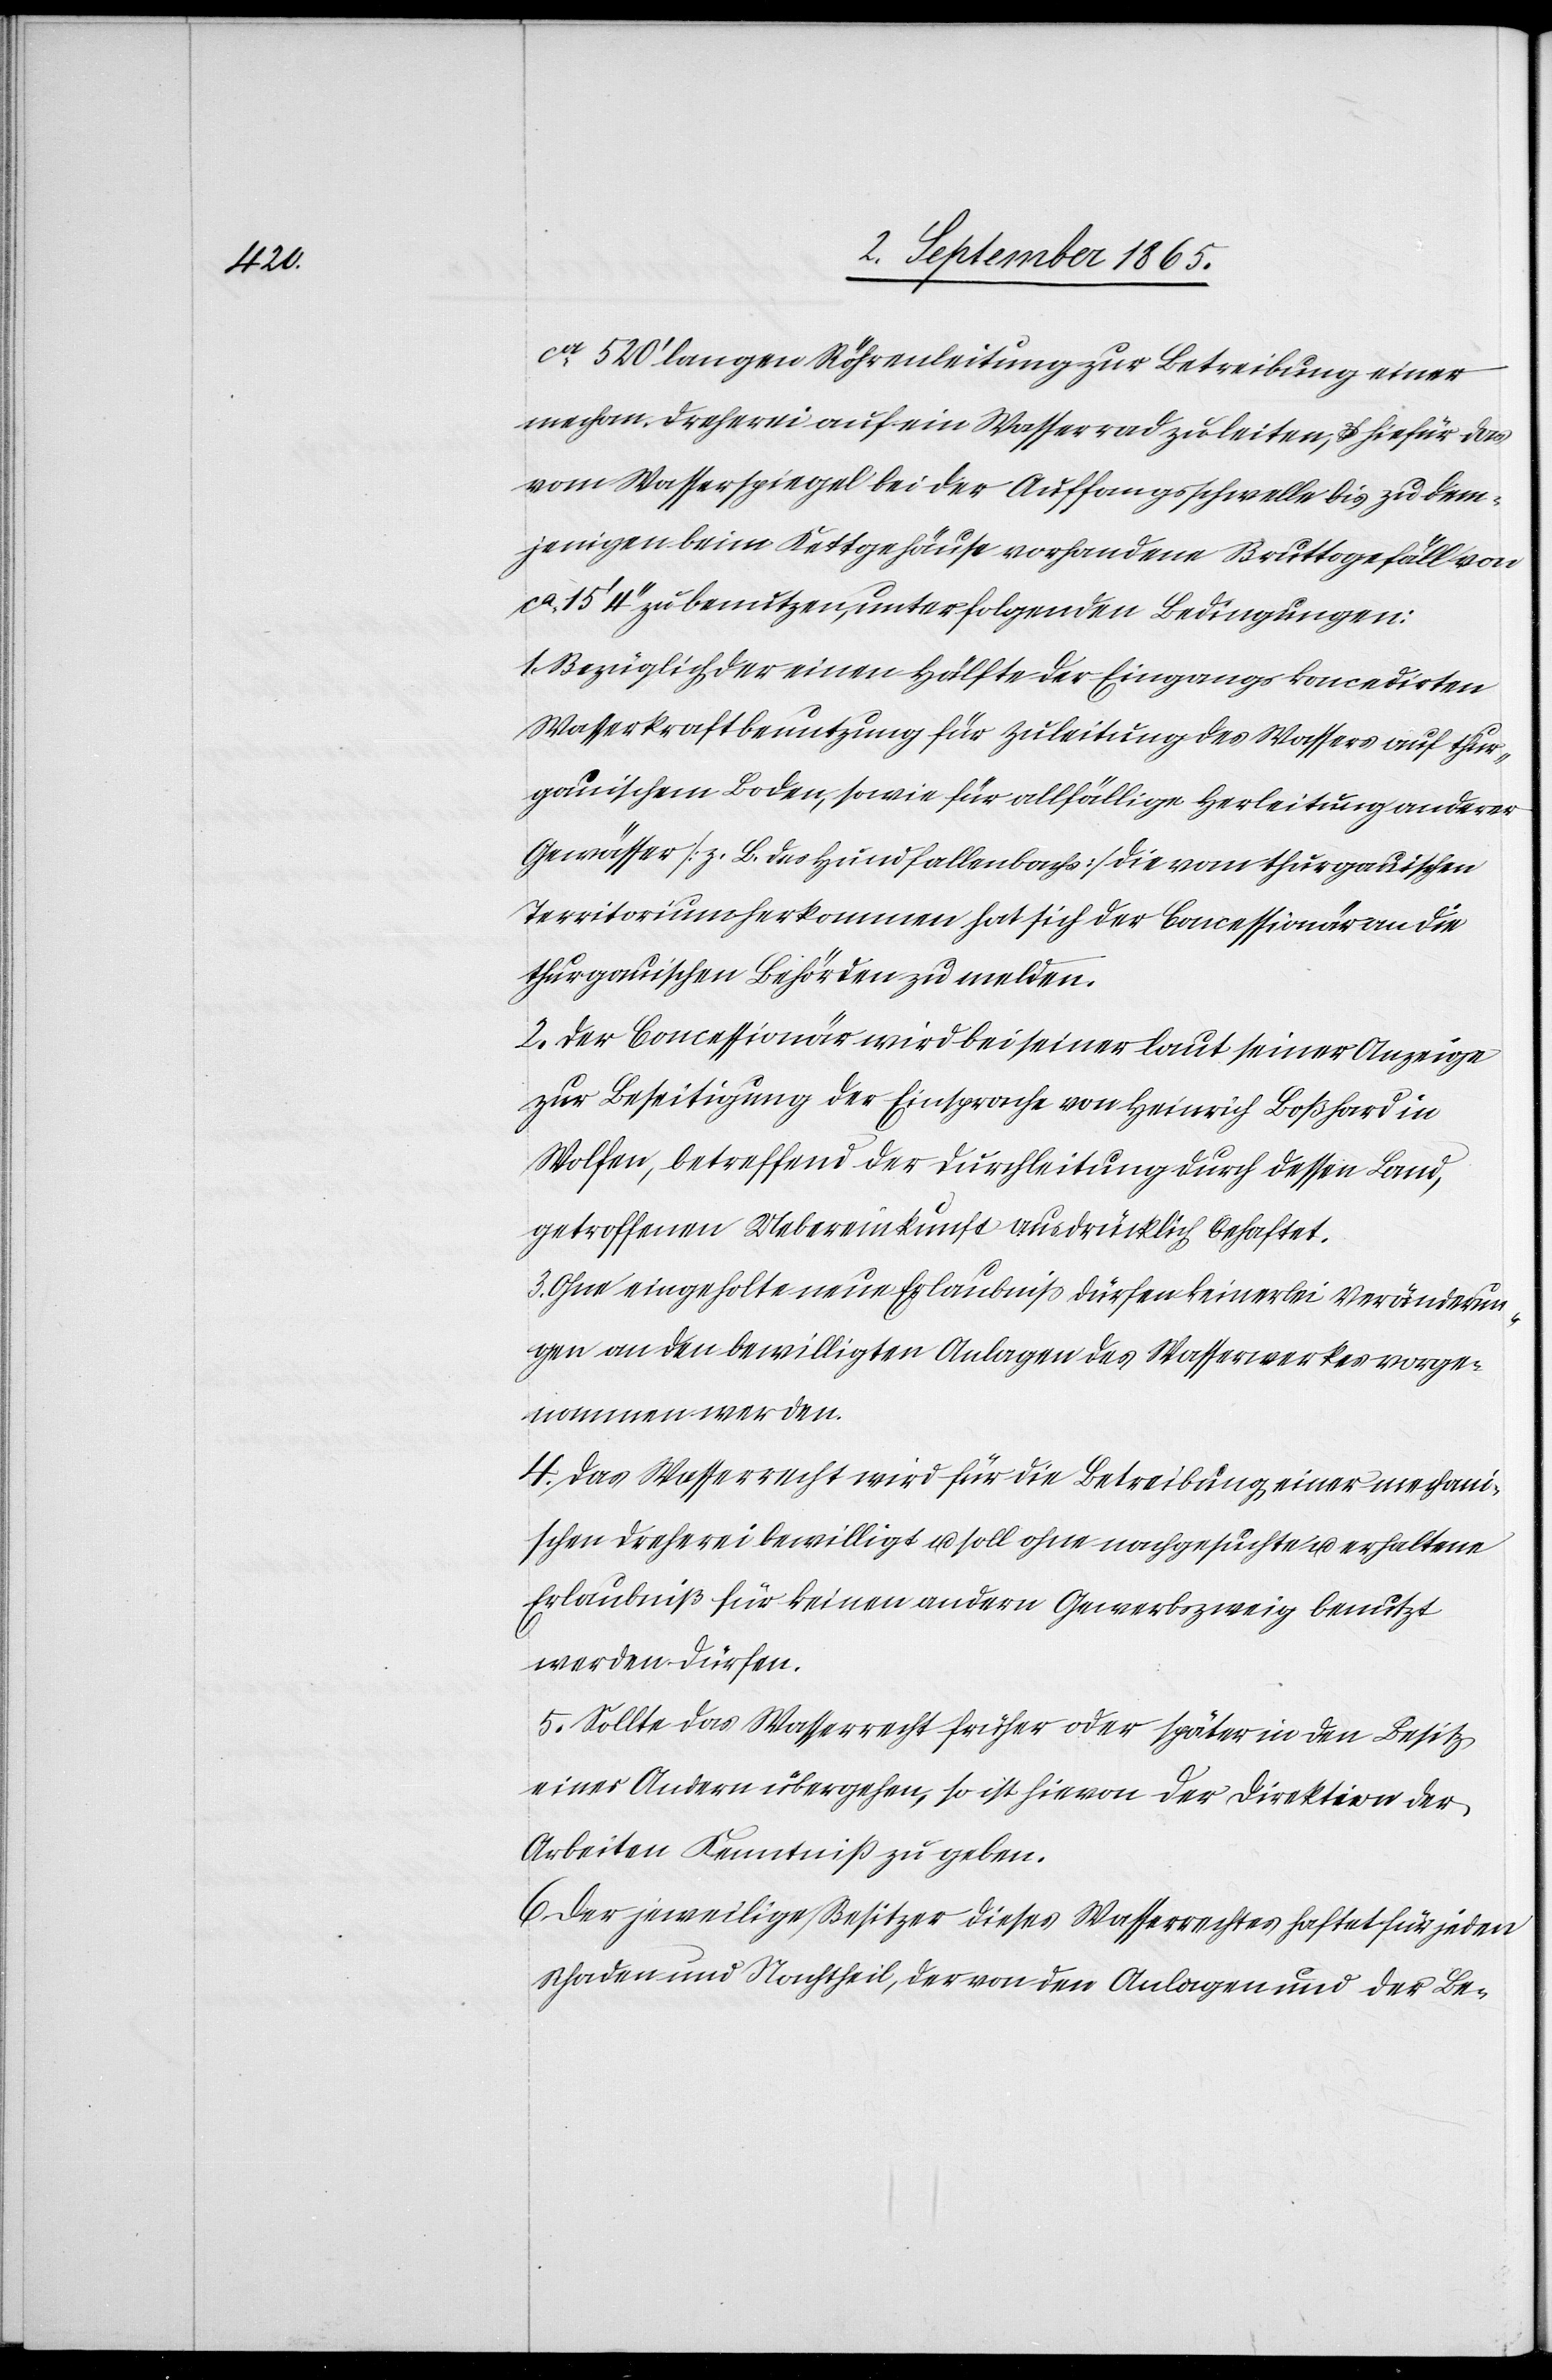
ca 520’ langen Röhrenleitung zur Betreibung einer
mechan. Dreherei auf ein Wasserrad zu leiten, u. hiefür das
vom Wasserspiegel bei der Auffangsschwelle bis zu dem¬
jenigen beim Kettgehäuse vorhandene Bruttogefäll von
ca 15’ 4’’ zu benutzen, unter folgenden Bedingungen:
1. Bezüglich der einen Hälfte der Eingangs koncedirten
Wasserkraftbenutzung für Zuleitung des Wassers auf thur¬
gauischem Boden, sowie für allfällige Herleitung anderer
Gewässer [z. B. des Hundfallenbachs] die vom thurgauischen
Territorium herkommen hat sich der Concessionär an die
thurgauischen Behörden zu melden.
2. Der Concessionär wird bei seiner laut seiner Anzeige
zur Beseitigung der Einsprache an Heinrich Boßhard in
Wolfen, betreffend der Durchleitung durch dessen Land,
getroffenen Uebereinkunft ausdrücklich behaftet.
3. Ohne eingeholte neue Erlaubniß dürfen keinerlei Veränderun¬
gen an den bewilligten Anlagen des Wasserwerkes vorge¬
nommen werden.
4. Das Wasserrecht wird für die Betreibung einer mechani¬
schen Dreherei bewilligt u. soll ohne nachgesuchte u. erhaltene
Erlaubniß für keinen andern Gewerbszweig benutzt
werden dürfen.
5. Sollte das Wasserrecht früher oder später in den Besitz
einer Andern übergehen, so ist hievon der Direktion der
Arbeiten Kenntniß zu geben.
6. Der jeweilige Besitzer dieses Wasserrechtes haftet für jeden
Schaden und Nachtheil, der von den Anlagen und der Be-